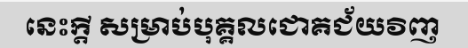
នេះក្តី សម្រាប់បុគ្គលជោគជ័យវិញ